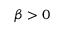
\beta > 0